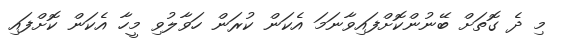
މި ދެ ގޮތަށް ބޭނުންކޮށްފައިވާނަމަ އެކަން ކުރަން ހަވާލުވި މީހާ އެކަން ކޮށްފައި